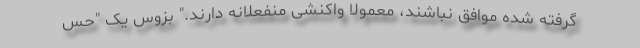
گرفته شده موافق نباشند، معمولا واکنشی منفعلانه دارند." بزوس یک "حس